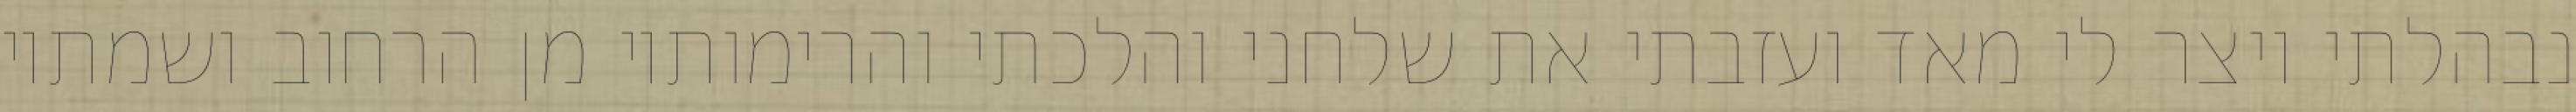
נבהלתי ויצר לי מאד ועזבתי את שלחני והלכתי והרימותיו מן הרחוב ושמתיו